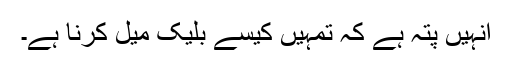
انہیں پتہ ہے کہ تمہیں کیسے بلیک میل کرنا ہے۔